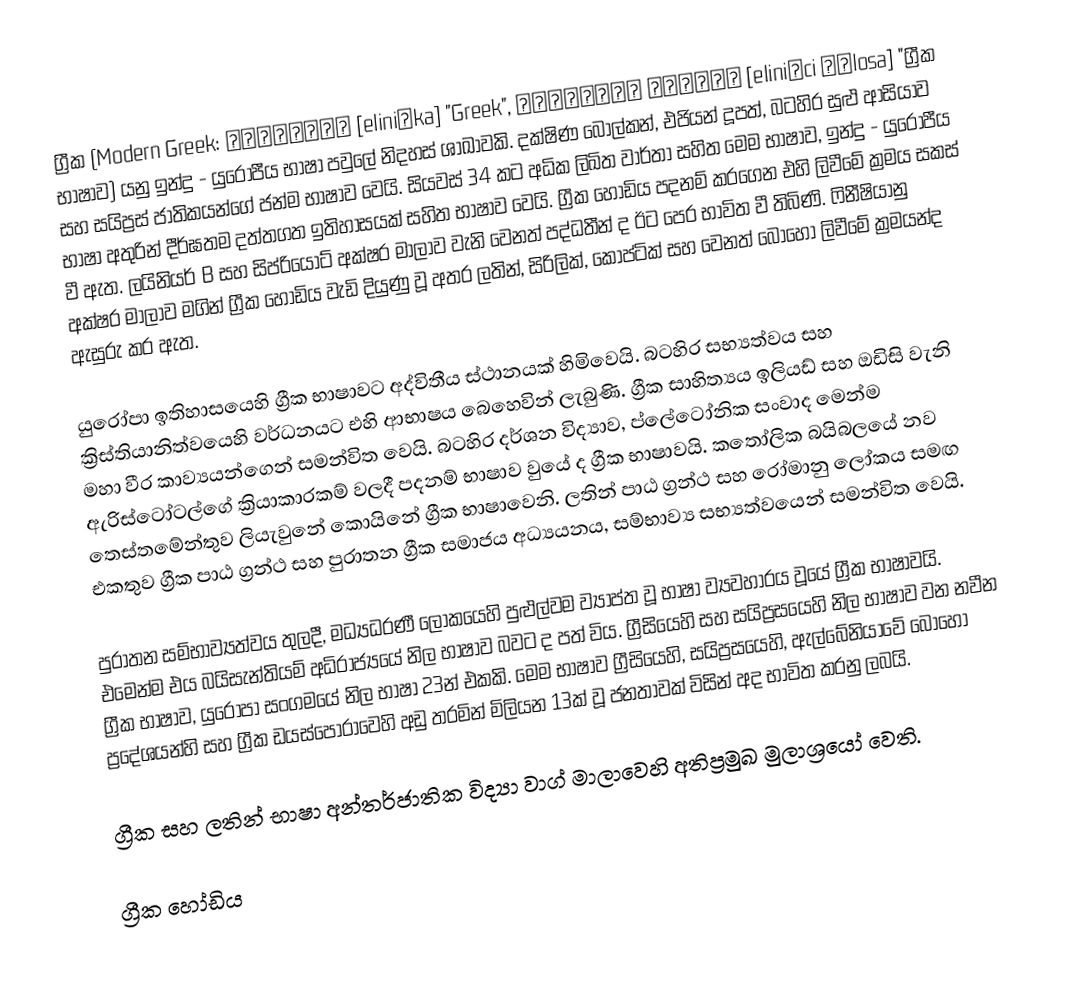
ග්‍රීක (Modern Greek: ελληνικά [eliniˈka] "Greek", ελληνική γλώσσα [eliniˈci ˈɣlosa] "ග්‍රීක භාෂාව) යනු ඉන්දු - යුරෝපීය භාෂා පවුලේ නිදහස් ශාඛාවකි. දක්ෂිණ බෝල්කන්, එජියන් දූපත්, බටහිර සුළු ආසියාව සහ සයිප්‍රස් ජාතිකයන්ගේ ජන්ම භාෂාව වෙයි. සියවස් 34 කට අධික ලිඛිත වාර්තා සහිත මෙම භාෂාව, ඉන්දු - යුරෝපීය භාෂා අතුරින් දීර්ඝතම දත්තගත ඉතිහාසයක් සහිත භාෂාව වෙයි. ග්‍රීක හෝඩිය පදනම් කරගෙන එහි ලිවීමේ ක්‍රමය සකස් වී ඇත. ලයිනියර් B සහ සිප්රියෝට් අක්ෂර මාලාව වැනි වෙනත් පද්ධතීන් ද ඊට පෙර භාවිත වී තිබිණි. ෆිනීෂියානු අක්ෂර මාලාව මගින් ග්‍රීක හෝඩිය වැඩි දියුණු වූ අතර ලතින්, සිරිලික්, කොප්ටික් සහ වෙනත් බොහෝ ලිවීමේ ක්‍රමයන්ද ඇසුරු කර ඇත.

යුරෝපා ඉතිහාසයෙහි ග්‍රීක භාෂාවට අද්විතීය ස්ථානයක් හිමිවෙයි. බටහිර සභ්‍යත්වය සහ ක්‍රිස්තියානිත්වයෙහි වර්ධනයට එහි ආභාෂය බෙහෙවින් ලැබුණි. ග්‍රීක සාහිත්‍යය ඉලියඩ් සහ ඔඩිසි වැනි මහා වීර කාව්‍යයන්ගෙන් සමන්විත වෙයි. බටහිර දර්ශන විද්‍යාව, ප්ලේටෝනික සංවාද මෙන්ම ඇරිස්ටෝටල්ගේ ක්‍රියාකාරකම් වලදී පදනම් භාෂාව වුයේ ද ග්‍රීක භාෂාවයි. කතෝලික බයිබලයේ නව තෙස්තමේන්තුව ලියැවුනේ  කොයිනේ ග්‍රීක භාෂාවෙනි.  ලතින් පාඨ ග්‍රන්ථ සහ රෝමානු ලෝකය සමඟ එකතුව ග්‍රීක පාඨ ග්‍රන්ථ සහ පුරාතන ග්‍රීක සමාජය අධ්‍යයනය, සම්භාව්‍ය සභ්‍යත්වයෙන් සමන්විත වෙයි.

පුරාතන සම්භාව්‍යත්වය තුලදී, මධ්‍යධරණී ලෝකයෙහි පුළුල්වම ව්‍යාප්ත වූ භාෂා ව්‍යවහාරය වූයේ ග්‍රීක භාෂාවයි. එමෙන්ම එය  බයිසැන්තියම් අධිරාජ්‍යයේ නිල භාෂාව බවට ද පත් විය. ග්‍රීසියෙහි සහ සයිප්‍රසයෙහි නිල භාෂාව වන නවීන ග්‍රීක භාෂාව, යුරෝපා සංගමයේ නිල භාෂා 23න් එකකි. මෙම භාෂාව ග්‍රීසියෙහි, සයිප්‍රසයෙහි, ඇල්බේනියාවේ බොහෝ ප්‍රදේශයන්හි සහ ග්‍රීක ඩයස්පොරාවෙහි අඩු තරමින් මිලියන 13ක් වූ ජනතාවක් විසින් අද භාවිත කරනු ලබයි.

ග්‍රීක සහ ලතින් භාෂා  අන්තර්ජාතික විද්‍යා වාග් මාලාවෙහි අතිප්‍රමුඛ මුලාශ්‍රයෝ වෙති.

ග්‍රීක හෝඩිය